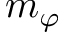
m _ { \varphi }